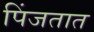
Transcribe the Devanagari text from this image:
पिंजतात